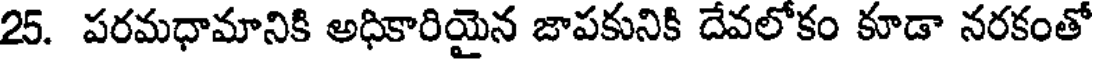
25. పరమధామానికి అధికారియైన జాపకునికి దేవలోకం కూడా నరకంతో